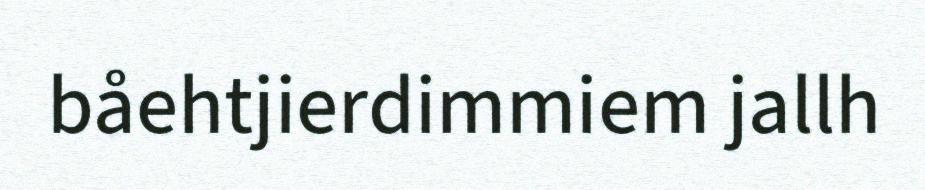
båehtjierdimmiem jallh